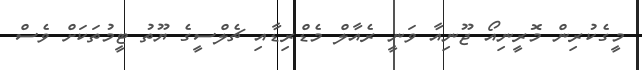
މީގެކުރިން މޮރީނިއޯ ޖޫނިއާ ވަނީ ރެއާލް މެޑްރިޑާއި ޗެލްސީގެ ޔޫތު ޓީމުތަކަށް ވެސް